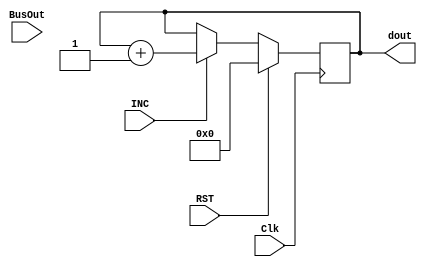
module Reg_module_RI //increment, reset enable //Rn2, Rk2, Rm2
#(parameter WIDTH = 8)
(Clk, RST,INC,BusOut,dout);
input Clk, RST,INC;
input [WIDTH-1:0] BusOut;
output [WIDTH-1:0] dout;
reg [WIDTH-1:0] value;

always @(negedge Clk) 
begin

    if (RST) value <= 8'b0;
    else if (INC) value <= dout + 8'b1;       
end

assign dout=value;
    
endmodule